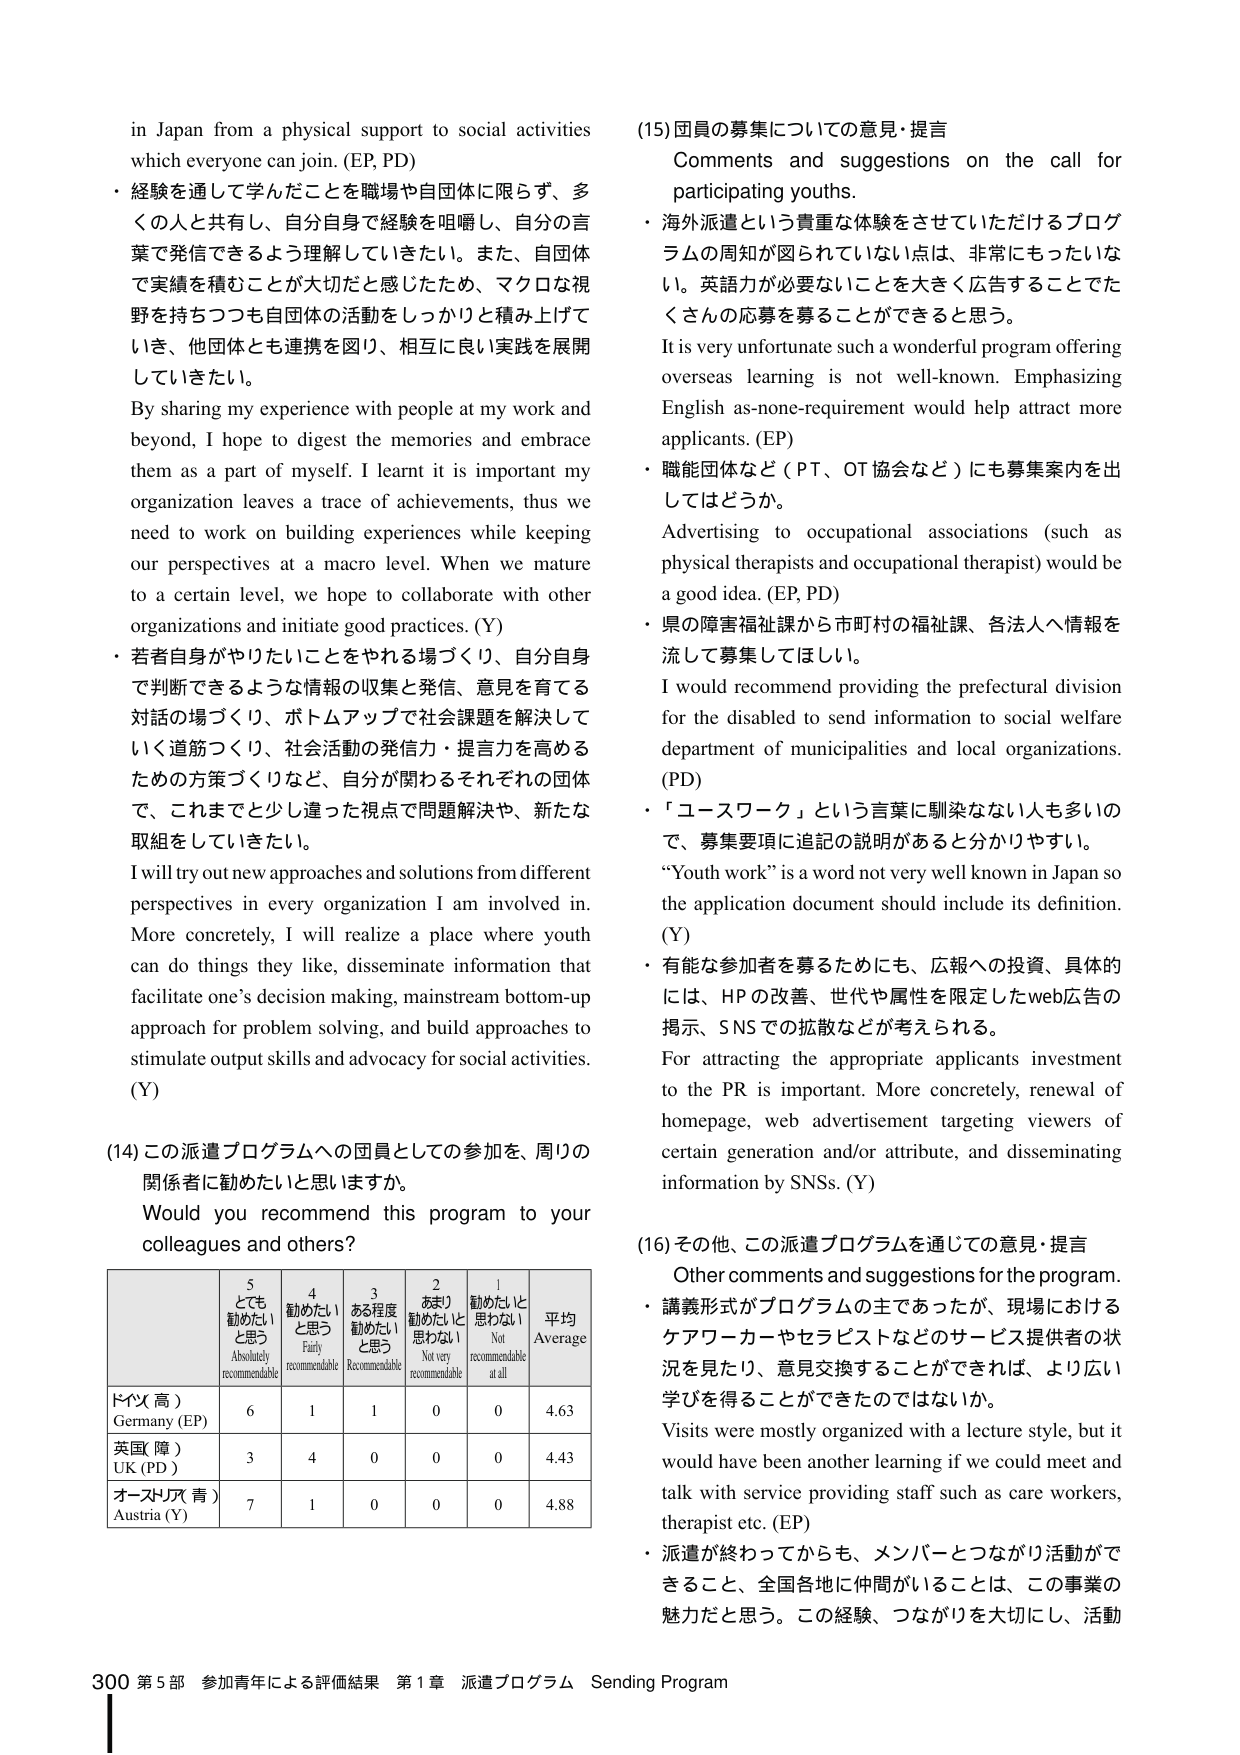
in Japan from a physical support to social activities which everyone can join. (EP, PD)
・経験を通して学んだことを職場や自団体に限らず、多くの人と共有し、自分自身で経験を咀嚼し、自分の言葉で発信できるよう理解していきたい。また、自団体で実績を積むことが大切だと感じたため、マクロな視野を持ちつつも自団体の活動をしっかりと積み上げていき、他団体とも連携を図り、相互に良い実践を展開していきたい。
By sharing my experience with people at my work and beyond, I hope to digest the memories and embrace them as a part of myself. I learnt it is important my organization leaves a trace of achievements, thus we need to work on building experiences while keeping our perspectives at a macro level. When we mature to a certain level, we hope to collaborate with other organizations and initiate good practices. (Y)
・若者自身がやりたいことをやれる場づくり、自分自身で判断できるような情報の収集と発信、意見を育てる対話の場づくり、ボトムアップで社会課題を解決していく道筋づくり、社会活動の発信力・提言力を高めるための方策づくりなど、自分が関わるそれぞれの団体で、これまでと少し違った視点で問題解決や、新たな取組をしていきたい。
I will try out new approaches and solutions from different perspectives in every organization I am involved in. More concretely, I will realize a place where youth can do things they like, disseminate information that facilitate one’s decision making, mainstream bottom-up approach for problem solving, and build approaches to stimulate output skills and advocacy for social activities. (Y)
(14) この派遣プログラムへの団員としての参加、周りの関係者に勧めたいと思いますか。
Would you recommend this program to your colleagues and others?
| | 5 とても勧めたいと思う Absolutely recommendable | 4 勧めたいと思う Fairly recommendable | 3 ある程度勧めたいと思う Recommendable | 2 あまり勧めたいと思わない Not very recommendable | 1 勧めたいと思わない Not recommendable at all | 平均 Average |
|---|---|---|---|---|---|---|
| ドイツ（高） Germany (EP) | 6 | 1 | 1 | 0 | 0 | 4.63 |
| 英国（障） UK (PD) | 3 | 4 | 0 | 0 | 0 | 4.43 |
| オーストリア（青） Austria (Y) | 7 | 1 | 0 | 0 | 0 | 4.88 |
(15) 団員の募集についての意見・提言
Comments and suggestions on the call for participating youths.
・海外派遣という貴重な体験をさせていただけるプログラムの周知が図られていない点は、非常にもったいない。英語力が必要ないことを大きく広告することでたくさんの応募を募ることができると思う。
It is very unfortunate such a wonderful program offering overseas learning is not well-known. Emphasizing English as-none-requirement would help attract more applicants. (EP)
・職能団体など（PT、OT協会など）にも募集案内を出してはどうか。
Advertising to occupational associations (such as physical therapists and occupational therapist) would be a good idea. (EP, PD)
・県の障害福祉課から市町村の福祉課、各法人へ情報を流して募集してほしい。
I would recommend providing the prefectural division for the disabled to send information to social welfare department of municipalities and local organizations. (PD)
・「ユースワーク」という言葉に馴染みない人も多いので、募集要項に追記の説明があると分かりやすい。
“Youth work” is a word not very well known in Japan so the application document should include its definition. (Y)
・有能な参加者を募るためにも、広報への投資、具体的には、HPの改善、世代や属性を限定したweb広告の掲示、SNSでの拡散などが考えられる。
For attracting the appropriate applicants investment to the PR is important. More concretely, renewal of homepage, web advertisement targeting viewers of certain generation and/or attribute, and disseminating information by SNSs. (Y)
(16) その他、この派遣プログラムを通じての意見・提言
Other comments and suggestions for the program.
・講義形式がプログラムの主であったが、現場におけるケアワーカーやセラピストなどのサービス提供者の状況を見たり、意見交換することができれば、より広い学びを得ることができたのではないか。
Visits were mostly organized with a lecture style, but it would have been another learning if we could meet and talk with service providing staff such as care workers, therapist etc. (EP)
・派遣が終わってからも、メンバーとつながり活動ができること、全国各地に仲間がいることは、この事業の魅力だと思う。この経験、つながりを大切にし、活動
300 第5部 参加青年による評価結果 第1章 派遣プログラム Sending Program